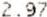
2.97